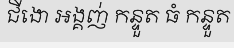
ជីងោ អង្គញ់ កន្ទួត ធំ កន្ទួត